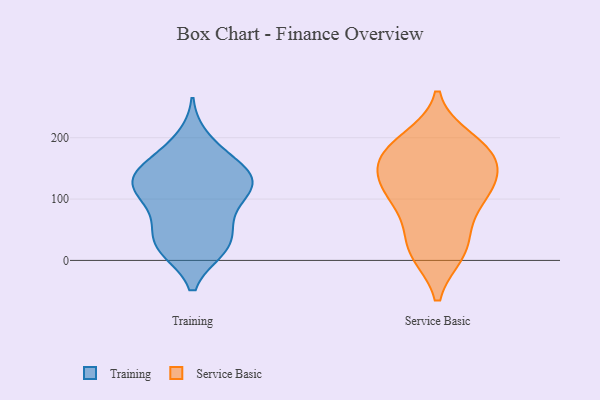
{"axis": {"x": "Churn Rate (%)", "y": "Value"}, "legend": ["Service Basic", "Training"], "data": [{"x": "", "y": 110, "type": "Training"}, {"x": "", "y": 92, "type": "Training"}, {"x": "", "y": 17, "type": "Training"}, {"x": "", "y": 121, "type": "Training"}, {"x": "", "y": 125, "type": "Training"}, {"x": "", "y": 145, "type": "Training"}, {"x": "", "y": 21, "type": "Training"}, {"x": "", "y": 55, "type": "Training"}, {"x": "", "y": 104, "type": "Training"}, {"x": "", "y": 153, "type": "Training"}, {"x": "", "y": 156, "type": "Training"}, {"x": "", "y": 56, "type": "Training"}, {"x": "", "y": 199, "type": "Training"}, {"x": "", "y": 178, "type": "Training"}, {"x": "", "y": 53, "type": "Training"}, {"x": "", "y": 129, "type": "Training"}, {"x": "", "y": 18, "type": "Training"}, {"x": "", "y": 139, "type": "Training"}, {"x": "", "y": 17, "type": "Training"}, {"x": "", "y": 120, "type": "Training"}, {"x": "", "y": 169, "type": "Service Basic"}, {"x": "", "y": 104, "type": "Service Basic"}, {"x": "", "y": 180, "type": "Service Basic"}, {"x": "", "y": 196, "type": "Service Basic"}, {"x": "", "y": 14, "type": "Service Basic"}, {"x": "", "y": 128, "type": "Service Basic"}, {"x": "", "y": 173, "type": "Service Basic"}, {"x": "", "y": 104, "type": "Service Basic"}, {"x": "", "y": 137, "type": "Service Basic"}, {"x": "", "y": 18, "type": "Service Basic"}, {"x": "", "y": 177, "type": "Service Basic"}, {"x": "", "y": 71, "type": "Service Basic"}, {"x": "", "y": 21, "type": "Service Basic"}, {"x": "", "y": 122, "type": "Service Basic"}]}